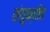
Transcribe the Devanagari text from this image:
संयुक्तीत